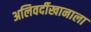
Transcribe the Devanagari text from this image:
अलिवर्दीखानाला